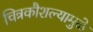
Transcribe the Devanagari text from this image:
चित्रकौशल्यामुळे